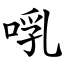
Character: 啂